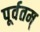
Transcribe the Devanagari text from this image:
पूर्वतम्